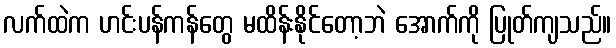
လက်ထဲက ဟင်းပန်ကန်တွေ မထိန်းနိုင်တော့ဘဲ အောက်ကို ပြုတ်ကျသည်။